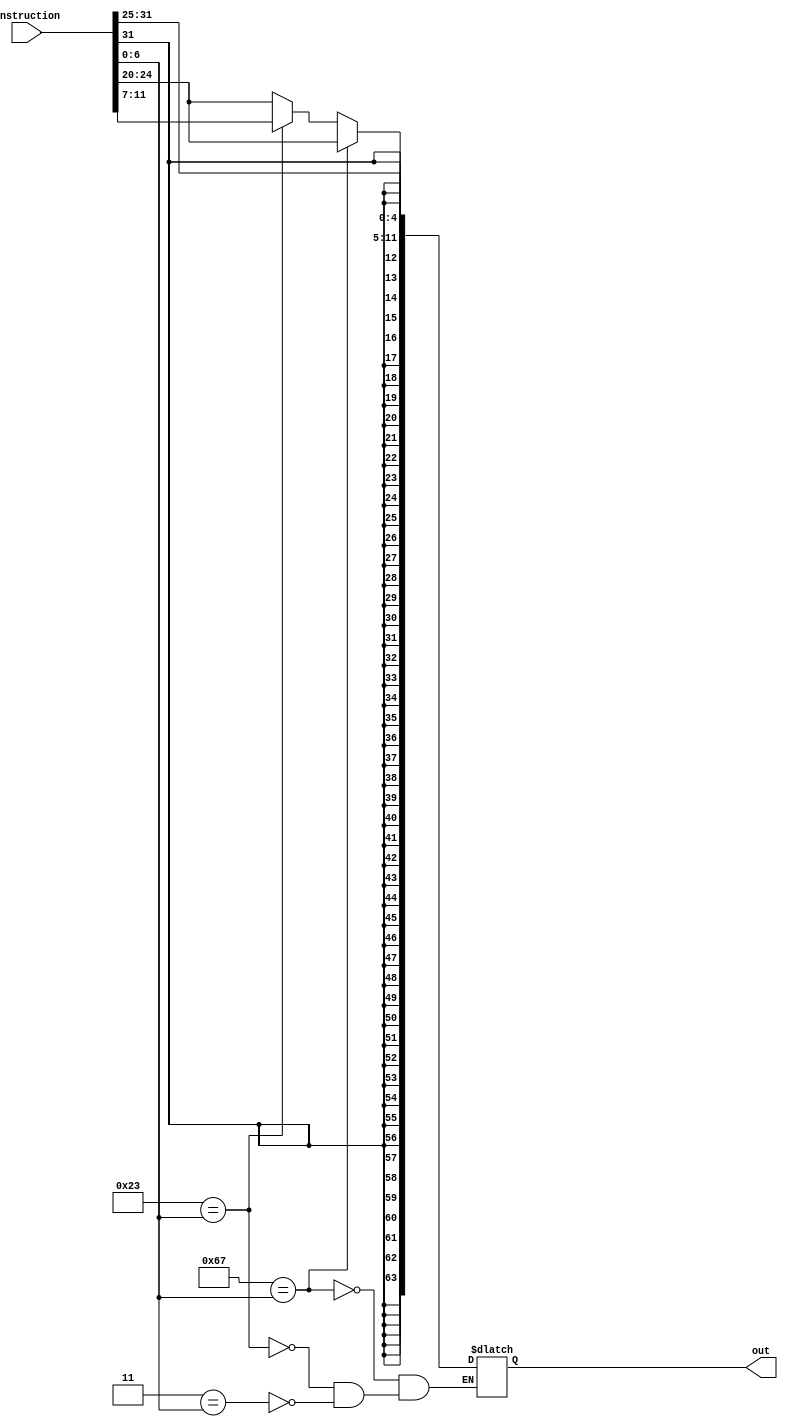
`timescale 1ns / 1ps

module immediate_generator(instruction, out);

    input [31:0] instruction;
    output reg [63:0] out;
    reg [6:0] opcode;
    
    reg [6:0] LOAD, STORE, BRANCH;

    always @* begin
        // determine instruction type from opcode
        opcode = instruction[6:0];

        // instruction type opcodes
        LOAD = 7'b0000011;
        STORE = 7'b0100011;
        BRANCH = 7'b1100111;

        // depending on the type, get the output from the instruction
        if (LOAD == opcode)
            begin
                out = $signed(instruction[31:20]); // 12 bits
            end
        if (STORE == opcode)
            begin
                out = $signed({instruction[31:25] , instruction[11:7]}); // concatenate to make 12 bits
            end
        if (BRANCH == opcode)
            begin
                out = $signed(instruction[31:20]); // 12 bits
            end
    end

endmodule